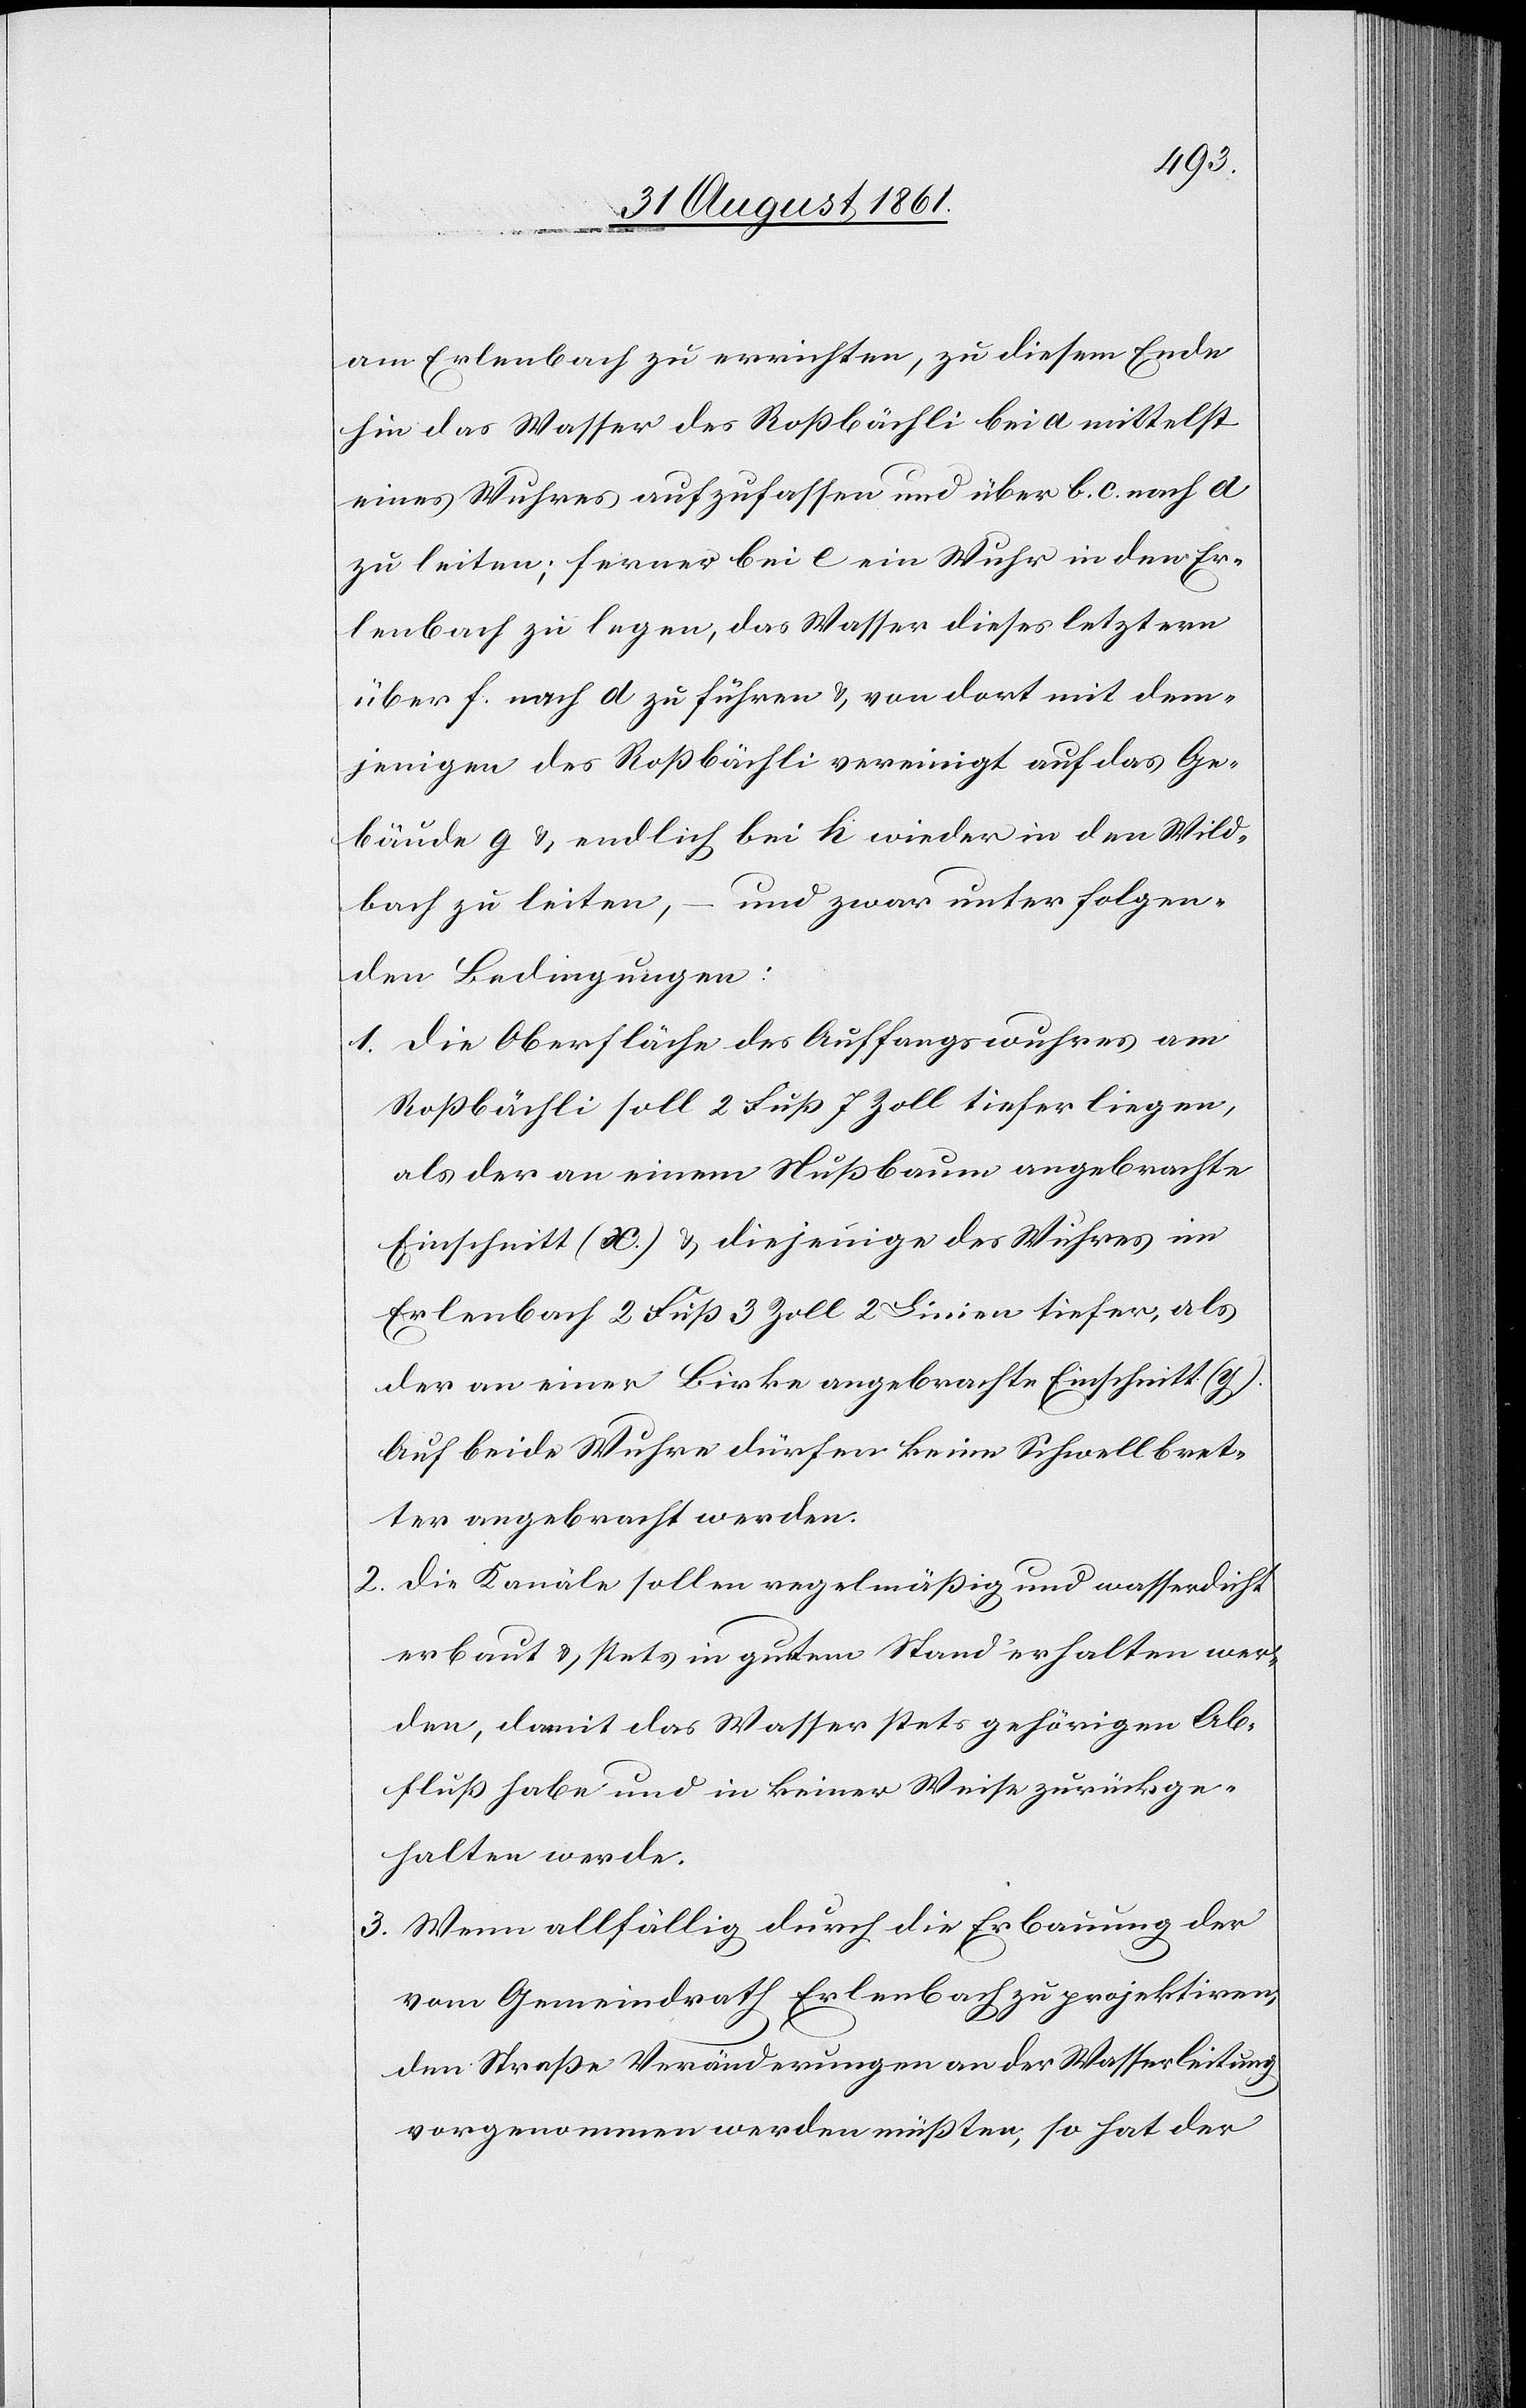
am Erlenbach zu errichten, zu diesem Ende
hin das Wasser des Roßbächli bei a mittelst
eines Wuhres aufzufassen und über b. c. nach d
zu leiten; ferner bei e ein Wuhr in den Er¬
lenbach zu legen, das Wasser dieses letztern
über f. nach d zu führen u. von dort mit dem¬
jenigen des Roßbächli vereinigt auf das Ge¬
bäude g u. endlich bei h wieder in den Wild¬
bach zu leiten, – und zwar unter folgen¬
den Bedingungen:
1. Die Oberfläche des Auffangswuhres am
Roßbächli soll 2 Fuß 7 Zoll tiefer liegen,
als der an einem Nußbaum angebrachte
Einschnitt (x.) u. diejenige des Wuhres im
Erlenbach 2 Fuß 3 Zoll 2 Linien tiefer, als
der an einer Birke angebrachte Einschnitt (y).
Auf beide Wuhre dürfen keine Schwellbret¬
ter angebracht werden.
2. Die Kanäle sollen regelmäßig und wasserdicht
erbaut u. stets in gutem Stand erhalten wer¬
den, damit das Wasser stets gehörigen Ab¬
fluß habe und in keiner Weise zurückge¬
halten werde.
3. Wenn allfällig durch die Erbauung der
vom Gemeindrath Erlenbach zu projektiren¬
den Straße Veränderungen an der Wasserleitung
vorgenommen werden müßten, so hat der